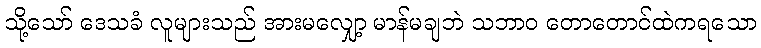
သို့သော် ဒေသခံ လူများသည် အားမလျှော့ မာန်မချဘဲ သဘာဝ တောတောင်ထဲကရသော